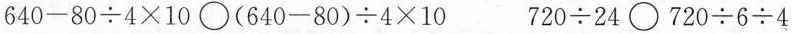
$$640-80\div 4\times 10\bigcirc (640-80)\div 4\times 10$$ $$720\div 24\bigcirc 720\div 6\div 4$$